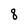
Character: 8